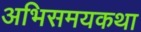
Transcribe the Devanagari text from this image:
अभिसमयकथा